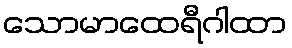
သောမာထေရီဂါထာ